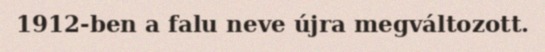
1912-ben a falu neve újra megváltozott.